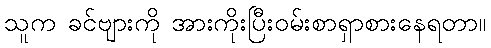
သူက ခင်ဗျားကို အားကိုးပြီးဝမ်းစာရှာစားနေရတာ။